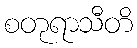
စတုရာသီတိ